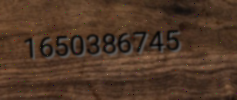
1650386745